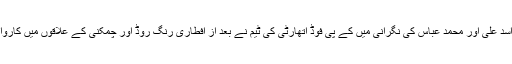
ترجمان خیبرپختونخوا فوڈ سیفٹی اینڈ حلال فوڈ اتھارٹی عطااللہ خان کے مطابق اسسٹنٹ ڈائریکٹر اسد علی اور محمد عباس کی نگرانی میں کے پی فوڈ اتھارٹی کی ٹیم نے بعد از افطاری رنگ روڈ اور چمکنی کے علاقوں میں کاروائی کرتے ہوئے چھ فیکٹریوں کی چیکنگ کی جس کے دوران دو فیکٹریوں کو تالے لگائے گئے۔